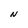
Character: N